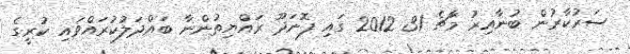
ސަރުކާރުން ބުނާއިރު މާޗެ 31 2012 ގައި ފޮނަދޫ ރައްޔިތުންނާ ބައްދަލުކުރައްވައި ކުރީގެ